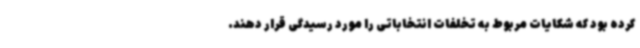
کرده بود که شکایات مربوط به تخلفات انتخاباتی را مورد رسیدگی قرار دهند.